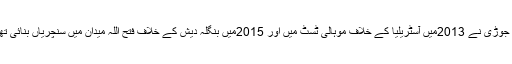
اس جوڑی نے 2013میں آسٹریلیا کے خلاف موہالی ٹسٹ میں اور 2015میں بنگلہ دیش کے خلاف فتح اللہ میدان میں سنچریاں بنائی تھیں۔